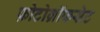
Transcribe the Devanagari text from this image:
फ़ोटोग्रॉफसेट